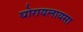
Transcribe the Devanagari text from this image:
घोरायलायसा